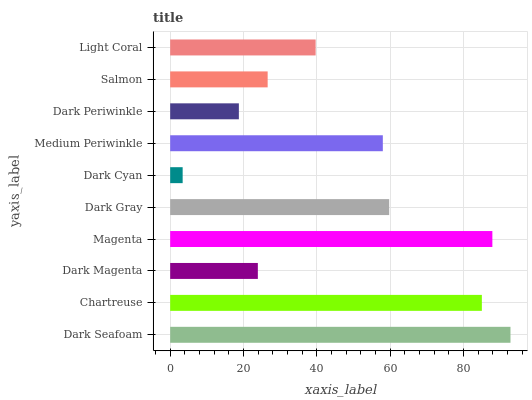
| yaxis_label | bars |
 | --- | --- |
 | Dark Seafoam | 92.8 |
 | Chartreuse | 85 |
 | Dark Magenta | 23.9 |
 | Magenta | 87.9 |
 | Dark Gray | 59.7 |
 | Dark Cyan | 3.4 |
 | Medium Periwinkle | 58 |
 | Dark Periwinkle | 18.7 |
 | Salmon | 26.6 |
 | Light Coral | 39.7 |